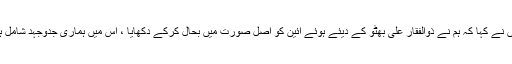
انہوں نے کہا کہ ہم نے ذوالفقار علی بھٹو کے دیئے ہوئے آئین کو اصل صورت میں بحال کرکے دکھایا ، اس میں ہماری جدوجہد شامل ہے ۔